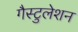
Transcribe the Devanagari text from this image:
गैस्टुलेशन